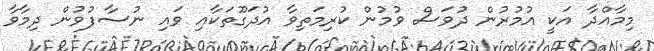
މިމާއްދާ އަކީ އުމުރުން ދުވަސް ވުމުން ކުރިމަތިވާ އުދަގޫތަކާއި ވައި ނުސާފުވުން ދިމާވާ